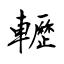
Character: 轣